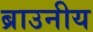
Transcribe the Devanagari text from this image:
ब्राउनीय